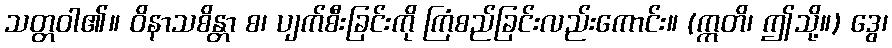
သတ္တဝါ၏။ ဝိနာသစိန္တာ စ၊ ပျက်စီးခြင်းကို ကြံစည်ခြင်းလည်းကောင်း။ (ဣတိ၊ ဤသို့။) ဒွေ၊